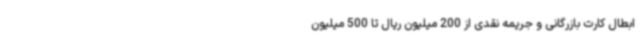
ابطال کارت بازرگانی و جریمه نقدی از 200 میلیون ریال تا 500 میلیون